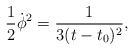
\begin{align*}{\frac{1}{2}\dot{\phi}^2=\frac{1}{3(t-t_0)^2},}\end{align*}